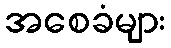
အစေခံများ